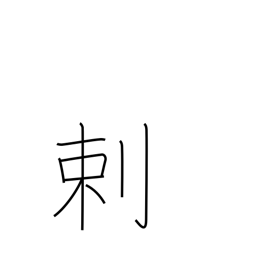
Meaning: opposed